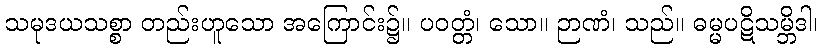
သမုဒယသစ္စာ တည်းဟူသော အကြောင်း၌။ ပဝတ္တံ၊ သော။ ဉာဏံ၊ သည်။ ဓမ္မပဋိသမ္ဘိဒါ၊